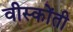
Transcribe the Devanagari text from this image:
वीस्कोंती